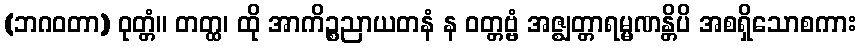
(ဘဂဝတာ) ဝုတ္တံ။ တတ္ထ၊ ထို အာကိဉ္စညာယတနံ န ဝတ္တဗ္ဗံ အဇ္ဈတ္တာရမ္မဏန္တိပိ အစရှိသောစကား